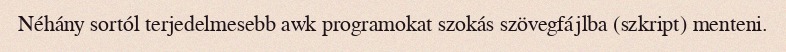
Néhány sortól terjedelmesebb awk programokat szokás szövegfájlba (szkript) menteni.